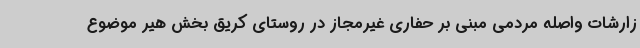
زارشات واصله مردمی مبنی بر حفاری غیرمجاز در روستای کریق بخش هیر موضوع